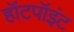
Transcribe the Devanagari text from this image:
हॉटपॉइंट